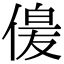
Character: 𫣋